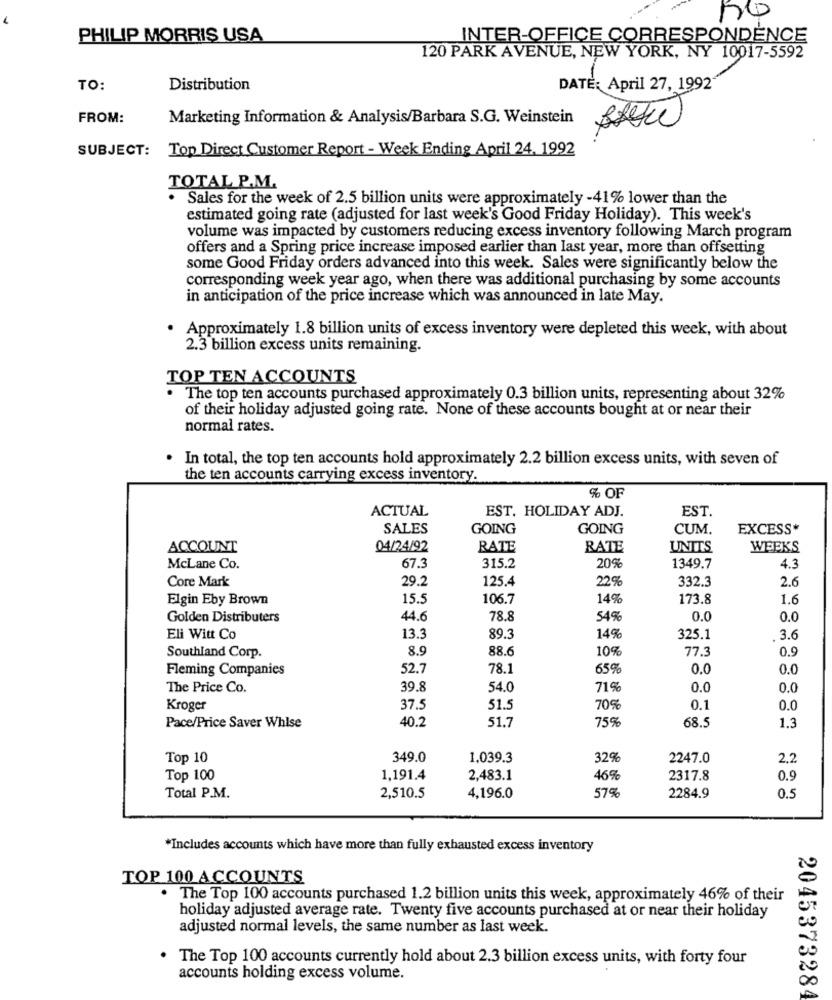
PHILIP MORRIS USA
INTER-OFFICE CORRESPONDENCE
120 PARK AVENUE, NEW YORK, NY 10017-5592
TO:
Distribution
DATE: April 27, 1992
FROM:
Marketing Information & Analysis/Barbara S.G. Weinstein
SUBJECT: Top Direct Customer Report - Week Ending April 24, 1992
TOTAL P.M.
. Sales for the week of 2.5 billion units were approximately -41% lower than the
estimated going rate (adjusted for last week's Good Friday Holiday). This week's
volume was impacted by customers reducing excess inventory following March program
offers and a Spring price increase imposed earlier than last year, more than offsetting
some Good Friday orders advanced into this week. Sales were significantly below the
corresponding week year ago, when there was additional purchasing by some accounts
in anticipation of the price increase which was announced in late May.
. Approximately 1.8 billion units of excess inventory were depleted this week, with about
2.3 billion excess units remaining.
TOP TEN ACCOUNTS
The top ten accounts purchased approximately 0.3 billion units, representing about 32%
of their holiday adjusted going rate. None of these accounts bought at or near their
normal rates.
In total, the top ten accounts hold approximately 2.2 billion excess units, with seven of
the ten accounts carrying excess inventory.
% OF
ACTUAL
EST. HOLIDAY ADJ.
EST.
SALES
GOING
GOING
CUM.
EXCESS*
ACCOUNT
04/24/92
RATE
RATE
UNITS
WEEKS
20%
McLane Co.
67.3
315.2
1349.7
4.3
Core Mark
29.2
125.4
22%
2.6
332.3
Elgin Eby Brown
15.
106.7
14%
173.8
1.6
Golden Distributers
44.6
78.8
54%
0.0
0.0
Eli Witt Co
13.3
89.3
14%
325.1
3.6
8.9
88.6
10%
77.3
0.9
Southland Corp.
Fleming Companies
52.7
78.1
659
0.0
0.0
The Price Co.
39.8
54.0
71 %
0.0
0.0
Kroger
37.5
51.5
70%
0.1
0.0
40.2
51.7
75%
68.5
Pace/Price Saver Whlse
1.3
Top 10
349.0
1,039.3
32%
2247.0
2,2
Top 100
1,191.4
2,483.1
46%
2317.8
0.9
57%
Total P.M.
2,510.5
4,196.0
2284.9
0.5
*Includes accounts which have more than fully exhausted excess inventory
TOP 100 ACCOUNTS
The Top 100 accounts purchased 1.2 billion units this week, approximately 46% of their
holiday adjusted average rate. Twenty five accounts purchased at or near their holiday
adjusted normal levels, the same number as last week.
The Top 100 accounts currently hold about 2.3 billion excess units, with forty four
accounts holding excess volume.
2045373284